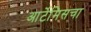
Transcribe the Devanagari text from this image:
आर्टेमिसचा